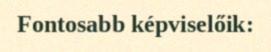
Fontosabb képviselőik: